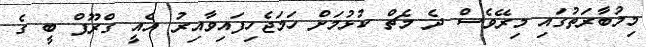
މިމުބާރަތުގައި މިރޭވެސް ދެ މެޗް ކުޅުމަށް ހަމަޖެހިފައިވާއިރު އެއީ ގްރޫޕް ބީ ގެ